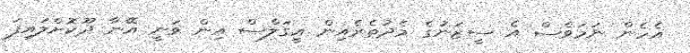
އެހެން ނަމަވެސް އެ ސީޒަނުގެ މެދުތެރެއިން އީގަލްސް އިން ވަނީ އޭނާ ދޫކޮށްލައިފަ